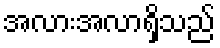
အလားအလာရှိသည်